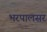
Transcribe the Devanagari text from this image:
भरपालसर